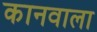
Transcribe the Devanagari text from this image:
कानवाला